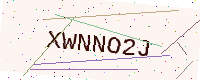
Text: XWNNO2J